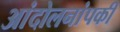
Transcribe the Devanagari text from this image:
आंदोलनांपकी